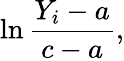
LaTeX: \ln{\frac{Y_{i}-a}{c-a}},